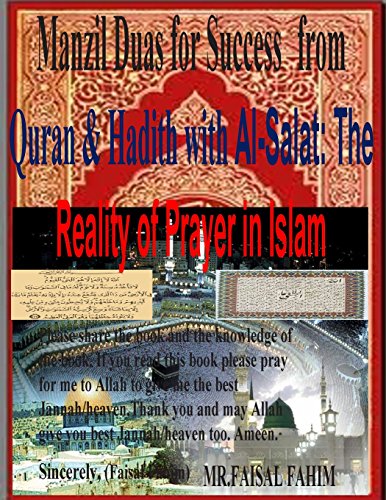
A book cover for Manzil Duas for Success from Quran & Hadith with Al-Salat: The Reality of Prayer in Islam; Mr.Faisal Fahim; Religion & Spirituality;